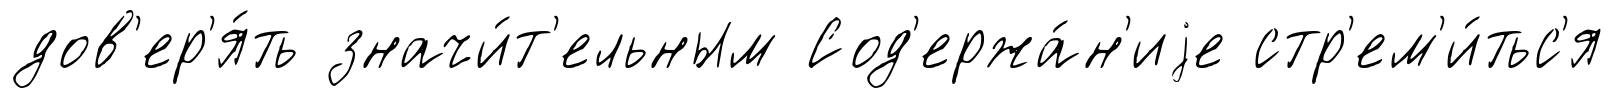
дов'ер'я́ть значи́т'ельным Сод'ержа́н'иjе стр'ем'и́тьс'я